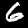
Digit: 6